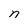
Character: n